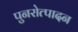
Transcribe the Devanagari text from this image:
पुनरोत्पादन